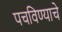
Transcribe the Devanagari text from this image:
पचविण्याचे